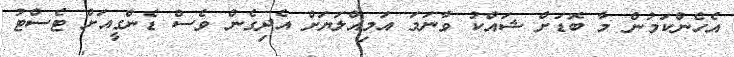
އެހެންކަމުން މާ ބޮޑަށް ޝައްކު ވާނަމަ އަމިއްލަޔަށް އެދިގެން ވެސް ޑެންގީއަށް ޓެސްޓު